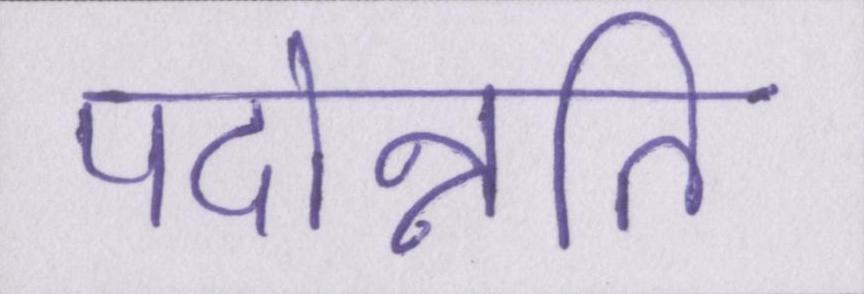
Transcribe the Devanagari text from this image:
पदोन्नति